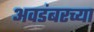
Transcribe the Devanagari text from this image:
अवडंबरच्या